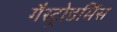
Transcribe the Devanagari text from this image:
गैस्ट्रोडर्मिस